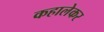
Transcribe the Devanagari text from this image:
कहालेकर